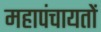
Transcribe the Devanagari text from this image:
महापंचायतों